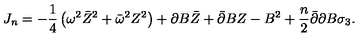
J _ { n } = - \frac 1 4 \left( \omega ^ { 2 } \bar { Z } ^ { 2 } + \bar { \omega } ^ { 2 } Z ^ { 2 } \right) + \partial B \bar { Z } + \bar { \partial } B Z - B ^ { 2 } + \frac n 2 \bar { \partial } \partial B \sigma _ { 3 } .